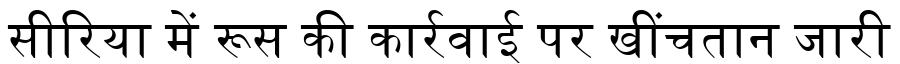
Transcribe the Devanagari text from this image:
सीरिया में रूस की कार्रवाई पर खींचतान जारी